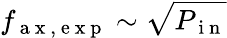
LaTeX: f_{\mathrm{~a~x~,~e~x~p~}}\sim\sqrt{P_{\mathrm{~i~n~}}}